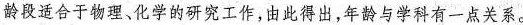
龄段适合于物理、化学的研究工作，由此得出，年龄与学科有一点关系。